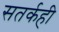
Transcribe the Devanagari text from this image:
सतर्कही